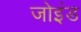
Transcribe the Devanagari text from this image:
जोइंड